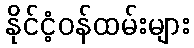
နိုင်ငံ့ဝန်ထမ်းများ